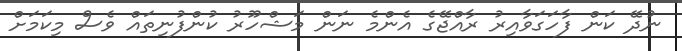
ނުދޭ ކަން ފާހަގަވާއިރު ރާއްޖޭގެ އެންމެ ނަން މަޝްހޫރު ކުންފުނިތައް ވެސް މިކަމަށް